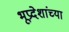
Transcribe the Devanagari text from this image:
भूप्रदेशांच्या